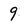
Character: 9